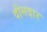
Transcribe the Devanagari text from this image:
दीनदार